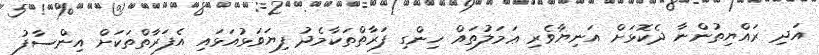
އަދި ރައްޔިތުންނާ ދެކޮޅަށް އަނިޔާވެރި ޢަމަލުތައް ހިންގި ފަރާތްތަކާމެދު ފިޔަވަޅުއަޅައި އެފަރާތްތަކަށް އިންސާފު